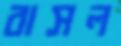
বাসল